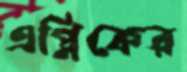
এপ্লিকের